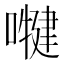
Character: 𭋑